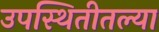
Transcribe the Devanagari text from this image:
उपस्थितीतल्या